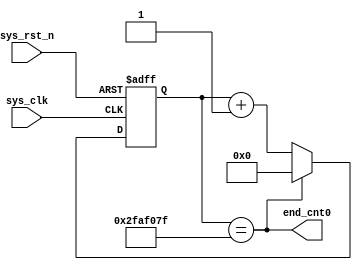
module  jsq
#(
//****************************************************//

//定义晶振频率50M
    parameter CNT_MAX = 26'd50_000_000 
	 
//****************************************************//
)
(
    input   wire            sys_clk     ,   //输入工作时钟,频率50MHz
    input   wire            sys_rst_n   ,   //输入复位信号,低电平有效

    output  wire            end_cnt0          //输出行同步信号

);

//reg   define
reg     [25:0]  cnt0         ;    //1s

//********************************************************************//
//***************************** Main Code ****************************//
//********************************************************************//

//cnt0:计数器计数1s
always @(posedge sys_clk or negedge sys_rst_n)begin
    if(!sys_rst_n)begin  
        cnt0 <= 0;
    end
    else if(add_cnt0)begin
        if(end_cnt0)
            cnt0 <= 0;   
        else
            cnt0 <= cnt0 + 1;
    end
end

assign add_cnt0 = 1;     //对时钟计数，计数条件始终有效
assign end_cnt0 = add_cnt0 && cnt0== CNT_MAX -1 ;//计数1s 

endmodule